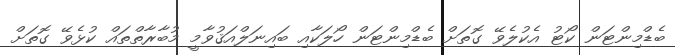
ބެޑްމިންޓަން ކޯޓު އެކުލެވޭ ގޮތަށް ބެޑްމިންޓަން ހޯލަކާއި ބައިނަލްއަޤުވާމީ މުބާރާތްތައް ކުޅެވޭ ގޮތަށް